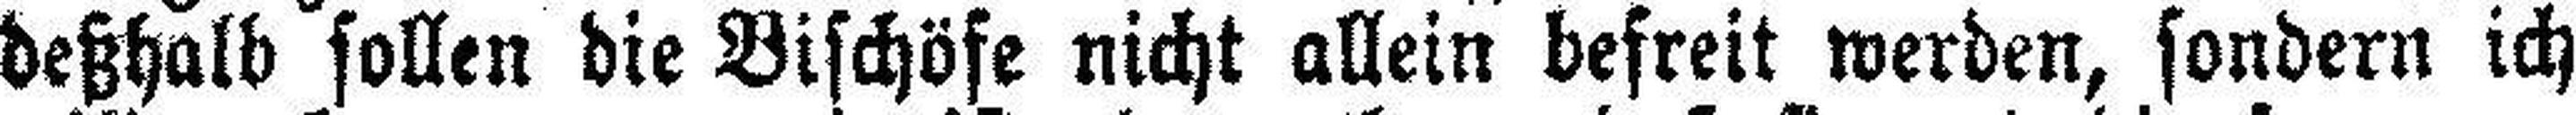
deßhalb sollen die Bischöfe nicht allein befreit werden, sondern ich